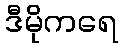
ဒီမိုကရေ